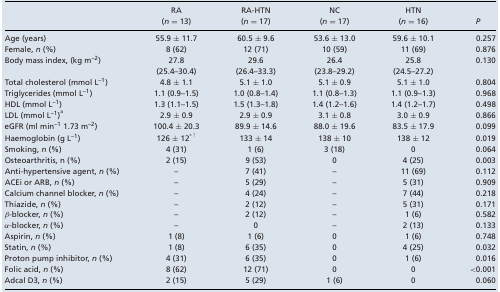
<table><thead><tr><td></td><td><b>RA</b></td><td><b>RA‐HTN</b></td><td><b>NC</b></td><td><b>HTN</b></td><td></td></tr><tr><td></td><td><b>(<i>n</i> = 13)</b></td><td><b>(<i>n</i> = 17)</b></td><td><b>(<i>n</i> = 17)</b></td><td><b>(<i>n</i> = 16)</b></td><td><b><i>P</i></b></td></tr></thead><tbody><tr><td>Age (years)</td><td>55.9 ± 11.7</td><td>60.5 ± 9.6</td><td>53.6 ± 13.0</td><td>59.6 ± 10.1</td><td>0.257</td></tr><tr><td>Female, <i>n</i> (%)</td><td>8 (62)</td><td>12 (71)</td><td>10 (59)</td><td>11 (69)</td><td>0.876</td></tr><tr><td>Body mass index, (kg m<sup>–2</sup>)</td><td>27.8</td><td>29.6</td><td>26.4</td><td>25.8</td><td>0.130</td></tr><tr><td></td><td>(25.4–30.4)</td><td>(26.4–33.3)</td><td>(23.8–29.2)</td><td>(24.5–27.2)</td><td></td></tr><tr><td>Total cholesterol (mmol L<sup>–1</sup>)</td><td>4.8 ± 1.1</td><td>5.1 ± 1.0</td><td>5.1 ± 0.9</td><td>5.1 ± 1.0</td><td>0.804</td></tr><tr><td>Triglycerides (mmol L<sup>–1</sup>)</td><td>1.1 (0.9–1.5)</td><td>1.0 (0.8–1.4)</td><td>1.1 (0.8–1.3)</td><td>1.1 (0.9–1.3)</td><td>0.968</td></tr><tr><td>HDL (mmol L<sup>–1</sup>)</td><td>1.3 (1.1–1.5)</td><td>1.5 (1.3–1.8)</td><td>1.4 (1.2–1.6)</td><td>1.4 (1.2–1.7)</td><td>0.498</td></tr><tr><td>LDL (mmol L<sup>–1</sup>)<sup>a</sup></td><td>2.9 ± 0.9</td><td>2.9 ± 0.9</td><td>3.1 ± 0.8</td><td>3.0 ± 0.9</td><td>0.866</td></tr><tr><td>eGFR (ml min<sup>–1</sup> 1.73 m<sup>–2</sup>)</td><td>100.4 ± 20.3</td><td>89.9 ± 14.6</td><td>88.0 ± 19.6</td><td>83.5 ± 17.9</td><td>0.099</td></tr><tr><td>Haemoglobin (g L<sup>–1</sup>)</td><td>126 ± 12<sup>*</sup>, <sup>†</sup></td><td>133 ± 14</td><td>138 ± 10</td><td>138 ± 12</td><td>0.019</td></tr><tr><td>Smoking, <i>n</i> (%)</td><td>4 (31)</td><td>1 (6)</td><td>3 (18)</td><td>0</td><td>0.064</td></tr><tr><td>Osteoarthritis, n (%)</td><td>2 (15)</td><td>9 (53)</td><td>0</td><td>4 (25)</td><td>0.003</td></tr><tr><td>Anti‐hypertensive agent, <i>n</i> (%)</td><td>–</td><td>7 (41)</td><td>–</td><td>11 (69)</td><td>0.112</td></tr><tr><td>ACEi or ARB, <i>n</i> (%)</td><td>–</td><td>5 (29)</td><td>–</td><td>5 (31)</td><td>0.909</td></tr><tr><td>Calcium channel blocker, <i>n</i> (%)</td><td>–</td><td>4 (24)</td><td>–</td><td>7 (44)</td><td>0.218</td></tr><tr><td>Thiazide, <i>n</i> (%)</td><td>–</td><td>2 (12)</td><td>–</td><td>5 (31)</td><td>0.171</td></tr><tr><td>β‐blocker, <i>n</i> (%)</td><td>–</td><td>2 (12)</td><td>–</td><td>1 (6)</td><td>0.582</td></tr><tr><td>α‐blocker, <i>n</i> (%)</td><td>–</td><td>0</td><td>–</td><td>2 (13)</td><td>0.133</td></tr><tr><td>Aspirin, <i>n</i> (%)</td><td>1 (8)</td><td>1 (6)</td><td>0</td><td>1 (6)</td><td>0.748</td></tr><tr><td>Statin, <i>n</i> (%)</td><td>1 (8)</td><td>6 (35)</td><td>0</td><td>4 (25)</td><td>0.032</td></tr><tr><td>Proton pump inhibitor, <i>n</i> (%)</td><td>4 (31)</td><td>6 (35)</td><td>0</td><td>1 (6)</td><td>0.016</td></tr><tr><td>Folic acid, <i>n</i> (%)</td><td>8 (62)</td><td>12 (71)</td><td>0</td><td>0</td><td>&lt;0.001</td></tr><tr><td>Adcal D3, <i>n</i> (%)</td><td>2 (15)</td><td>5 (29)</td><td>1 (6)</td><td>0</td><td>0.060</td></tr></tbody></table>